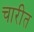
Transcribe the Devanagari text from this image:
चारीत